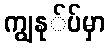
ကျွနု်ပ်မှာ